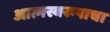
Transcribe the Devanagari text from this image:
आत्मस्वरूपाचा